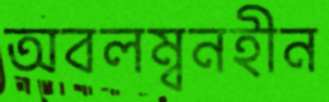
অবলম্বনহীন